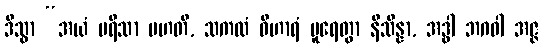
ဒိသွာ “အယံ ပရိသာ မဟတီ, သကလံ ဝိဟာရံ ပူရေတွာ နိသိန္နာ, အဒ္ဓါ ဘဂဝါ အဇ္ဇ